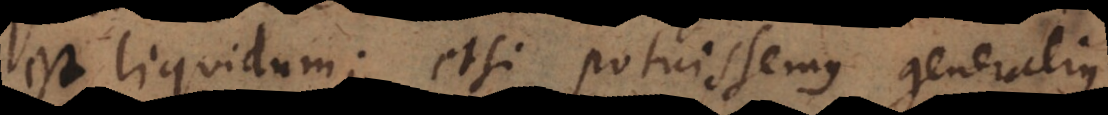
est liquidum; etsi potuissemus generalius